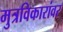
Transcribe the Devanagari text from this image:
मुत्रविकारांवर